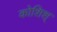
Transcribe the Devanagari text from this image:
कोशिश्